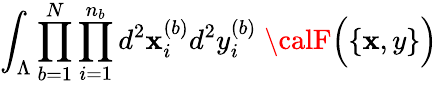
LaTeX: \int_{\Lambda}\prod_{b=1}^{N}\prod_{i=1}^{n_{b}}d^{2}\mathbf{x}_{i}^{(b)}d^{2}y_{i}^{(b)}\; {\calF}\Big(\{ \mathbf{x},y\} \Big)